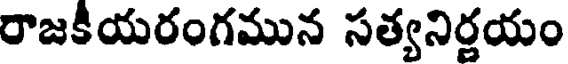
రాజకీయరంగమున సత్యనిర్ణయం